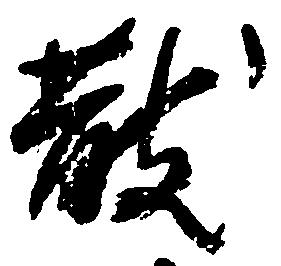
散